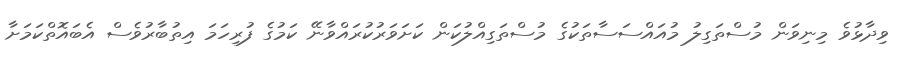
ވިދާޅުވެ މިނިވަން މުސްތަގިލު މުއައްސަސާތަކުގެ މުސްތަގިއްލުކަން ކަށަވަރުކުރައްވާނޭ ކަމުގެ ފުރިހަމަ އިތުބާރުވެސް އެބައޮތްކަމަށާ